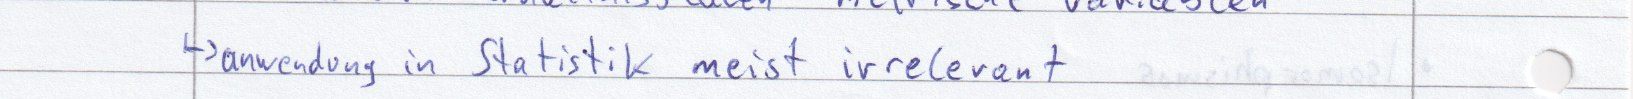
-> anwendung in Statistik meist irrelevant